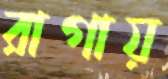
রাগায়